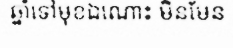
ឆ្នាំទៅមុខឯណោះ មិនមែន